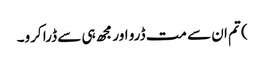
) تم ان سے مت ڈرو اور مجھ ہی سے ڈرا کرو۔